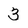
Character: 3